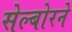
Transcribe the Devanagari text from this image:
सेल्बोरने